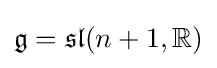
{\mathfrak {g}}={\mathfrak {s}}{\mathfrak {l}}(n+1,{\mathbb {R} })